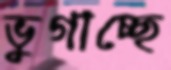
ভুগাচ্ছে